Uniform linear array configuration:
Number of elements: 32
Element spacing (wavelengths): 0.25
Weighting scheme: kaiser
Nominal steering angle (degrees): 60
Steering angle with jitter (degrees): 60.647
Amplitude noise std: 0.05
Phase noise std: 0.05

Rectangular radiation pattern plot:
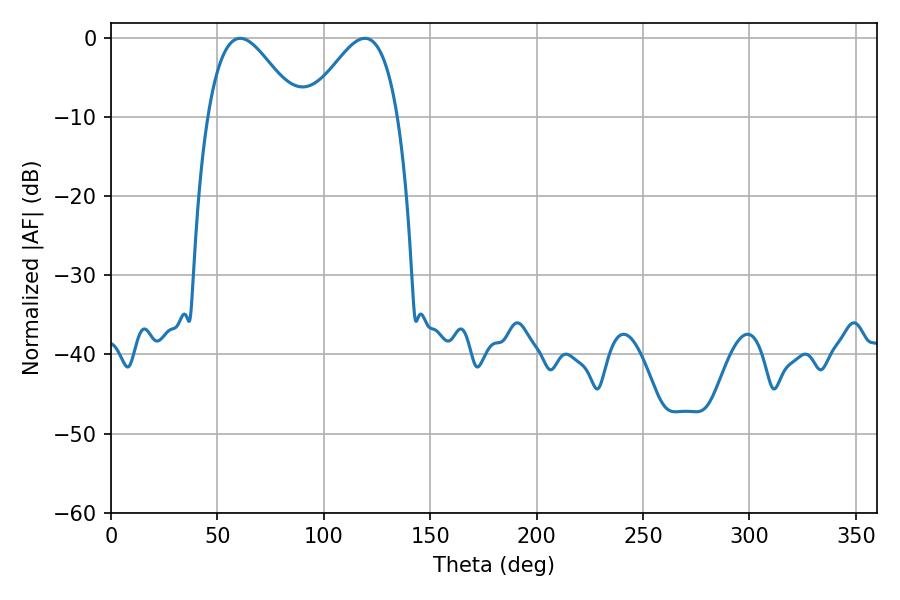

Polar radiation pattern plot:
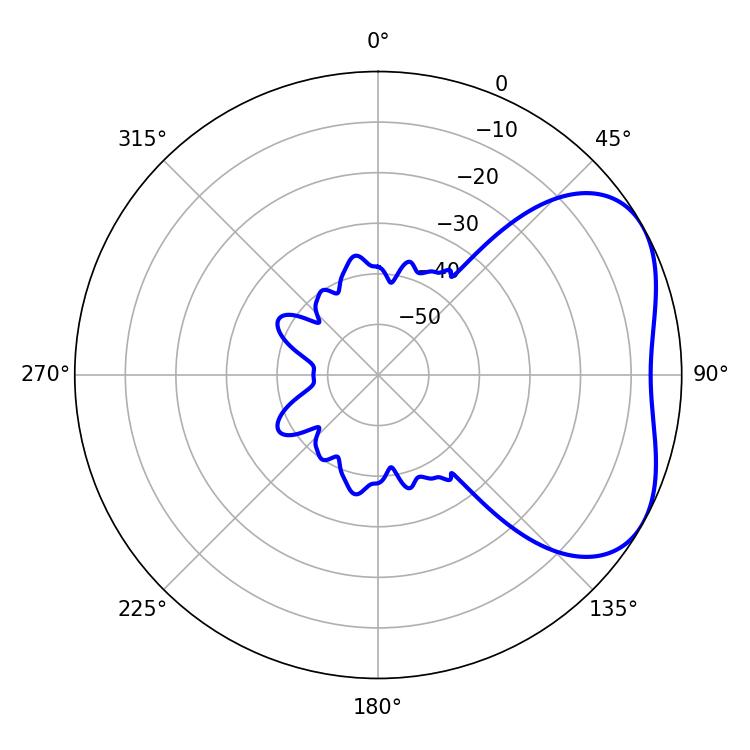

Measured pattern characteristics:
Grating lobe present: FALSE
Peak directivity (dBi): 4.055
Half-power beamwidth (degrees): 22.68
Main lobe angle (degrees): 60.66